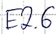
Text: E2.6